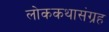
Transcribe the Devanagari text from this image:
लोककथासंग्रह